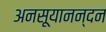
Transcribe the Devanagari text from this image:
अनसूयानन्‍दन